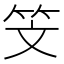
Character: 𥫾